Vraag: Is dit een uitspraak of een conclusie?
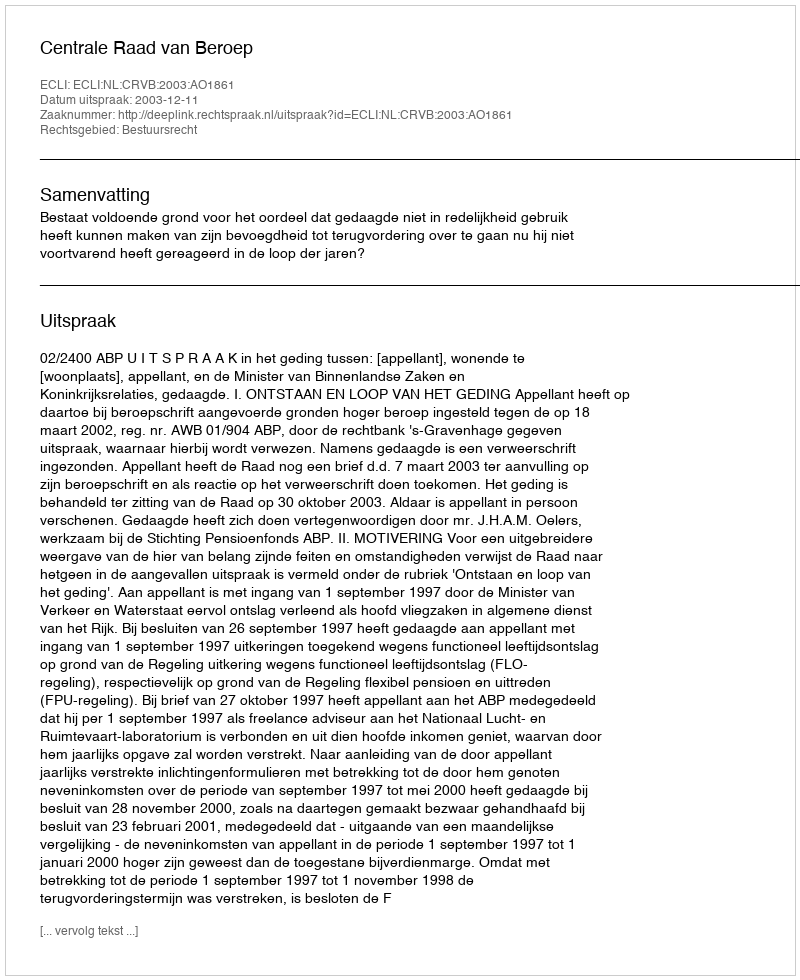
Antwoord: Uitspraak